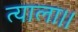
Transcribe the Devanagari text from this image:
त्याला।।